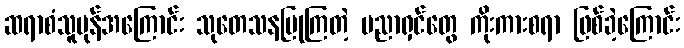
ဆရာစံသူပုန်အကြောင်း သုတေသနပြုကြတဲ့ ပညာရှင်တွေ ကိုးကားစရာ ဖြစ်ခဲ့ကြောင်း